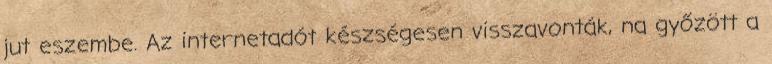
jut eszembe. Az internetadót készségesen visszavonták, na győzött a